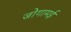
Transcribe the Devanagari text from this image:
जोगामई